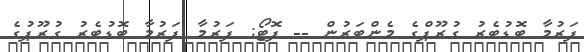
ފަރުމާ ބޮޑުބެރު ގުރޫޕްގެ މެންބަރުން -- ފޮޓޯ: ފަރުމާ ފަރުމާ ބޮޑުބެރު ގުރޫޕުގެ